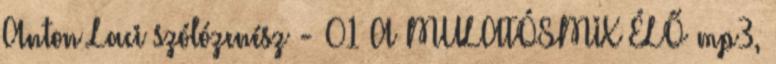
Anton Laci szólózenész - 01 A MULATÓSMIX ÉLŐ mp3,